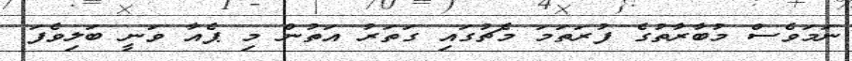
ނަމަވެސް މުބާރާތުގެ ފުރަތަމަ މެޗުގައި ގަތަރު އަތުން މި ޕެއާ ވަނީ ބަލިވެފަ